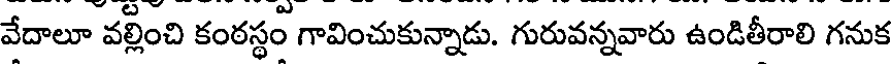
వేదాలూ వల్లించి కంఠస్థం గావించుకున్నాడు. గురువన్నవారు ఉండితీరాలి గనుక